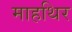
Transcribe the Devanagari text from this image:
माहथिर